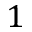
1